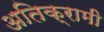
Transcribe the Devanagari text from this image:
अतिक्रामी